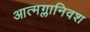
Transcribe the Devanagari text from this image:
आत्मग्लानिवश